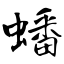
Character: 蟠